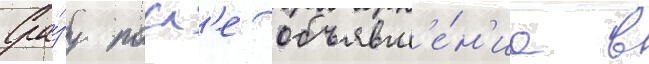
Сра́зу посл'е объявл'е́н'иа в